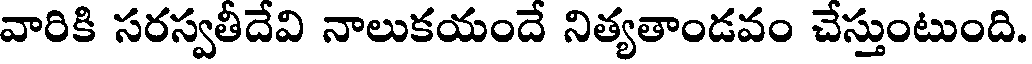
వారికి సరస్వతీదేవి నాలుకయందే నిత్యతాండవం చేస్తుంటుంది.